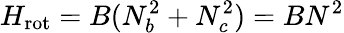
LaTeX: H_{\mathrm{rot}}=B(N_{b}^{2}+N_{c}^{2})=BN^{2}